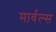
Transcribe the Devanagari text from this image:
मार्वल्स